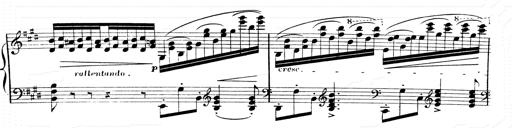
Title: 2 Transcriptions d'aprÃ¨s Rossini
Composer: Franz Liszt